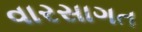
વારસાગત